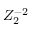
Z _ { 2 } ^ { - 2 }